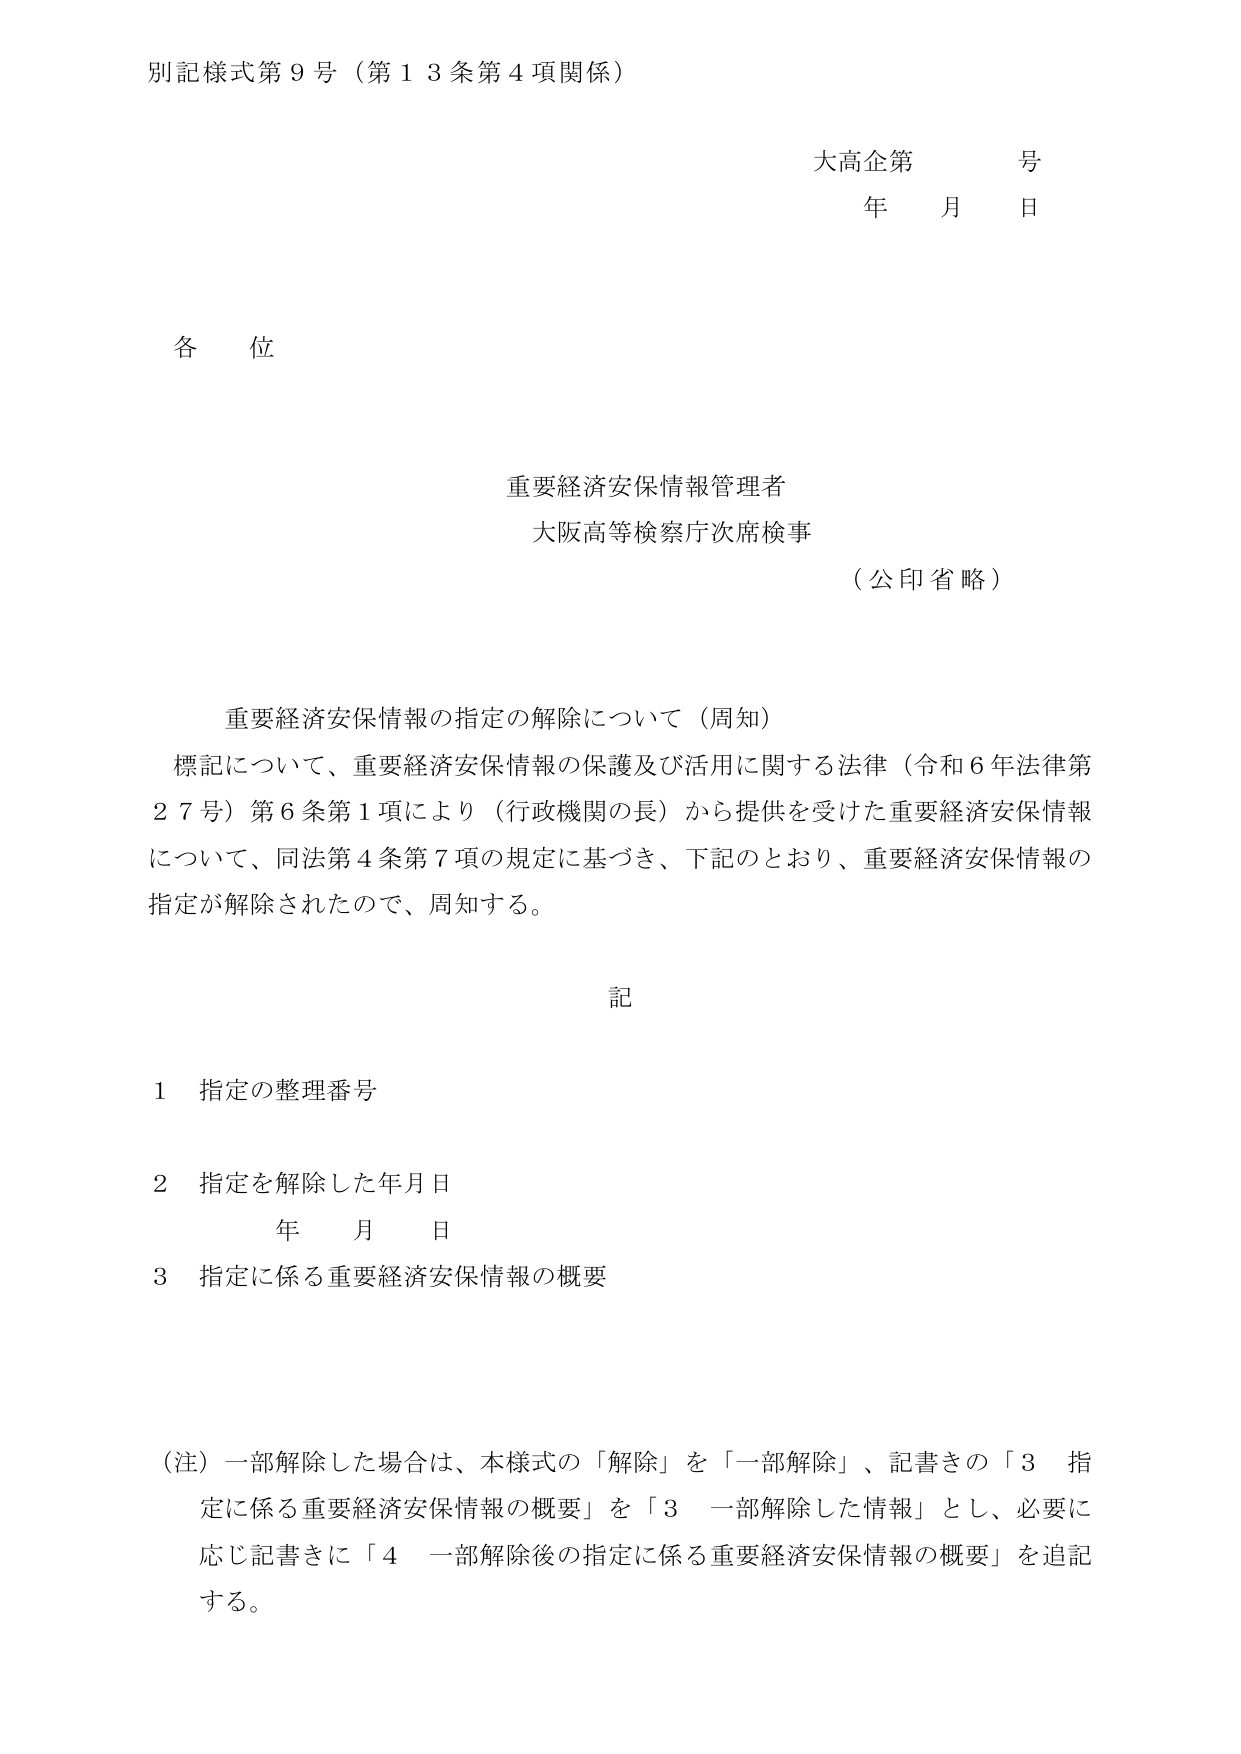
別記様式第９号（第１３条第４項関係）

大高企第　　号
年　　月　　日

各位

重要経済安保情報管理者
大阪高等検察庁次席検事
（公印省略）

重要経済安保情報の指定の解除について（周知）
標記について、重要経済安保情報の保護及び活用に関する法律（令和６年法律第２７号）第６条第１項により（行政機関の長）から提供を受けた重要経済安保情報について、同法第４条第７項の規定に基づき、下記のとおり、重要経済安保情報の指定が解除されたので、周知する。

記

１　指定の整理番号

２　指定を解除した年月日
　　年　　月　　日

３　指定に係る重要経済安保情報の概要

（注）一部解除した場合は、本様式の「解除」を「一部解除」、記書きの「３　指定に係る重要経済安保情報の概要」を「３　一部解除した情報」とし、必要に応じ記書きに「４　一部解除後の指定に係る重要経済安保情報の概要」を追記する。